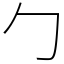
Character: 勹